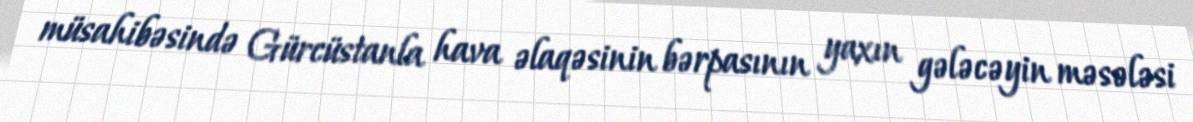
müsahibəsində Gürcüstanla hava əlaqəsinin bərpasının yaxın gələcəyin məsələsi